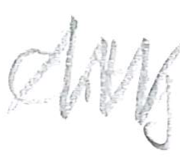
Text: City
Cross-out: zig-zag
Writing tool: pencil